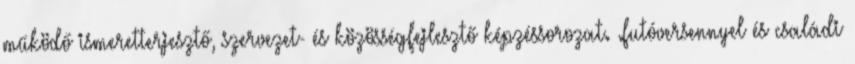
működő ismeretterjesztő, szervezet- és közösségfejlesztő képzéssorozat. .futóversennyel és családi